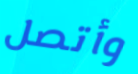
وأتصل